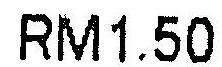
RM1.50